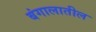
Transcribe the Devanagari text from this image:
बंगालातील